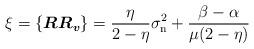
LaTeX: \begin{align*} \xi = \left\{ \boldsymbol{R}\boldsymbol{R_v} \right\} = \frac{\eta}{2 - \eta} \sigma^2_{\rm n}+ \frac{\beta - \alpha}{\mu (2 - \eta)}\end{align*}